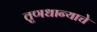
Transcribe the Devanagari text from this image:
तृणधान्याचे